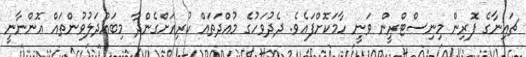
ޗައިނާގެ ފޮރިން މިނިސްޓްރީން ވަނީ ހާމަކޮށްފައެވެ. ދެދުވަހުގެ މުއްދަތައް ކުރިއަށްގެންދާ މިބައްދަލުވުންތައް އޮންނާނީ